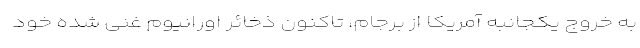
به خروج یکجانبه آمریکا از برجام، تاکنون ذخائر اورانیوم غنی شده خود